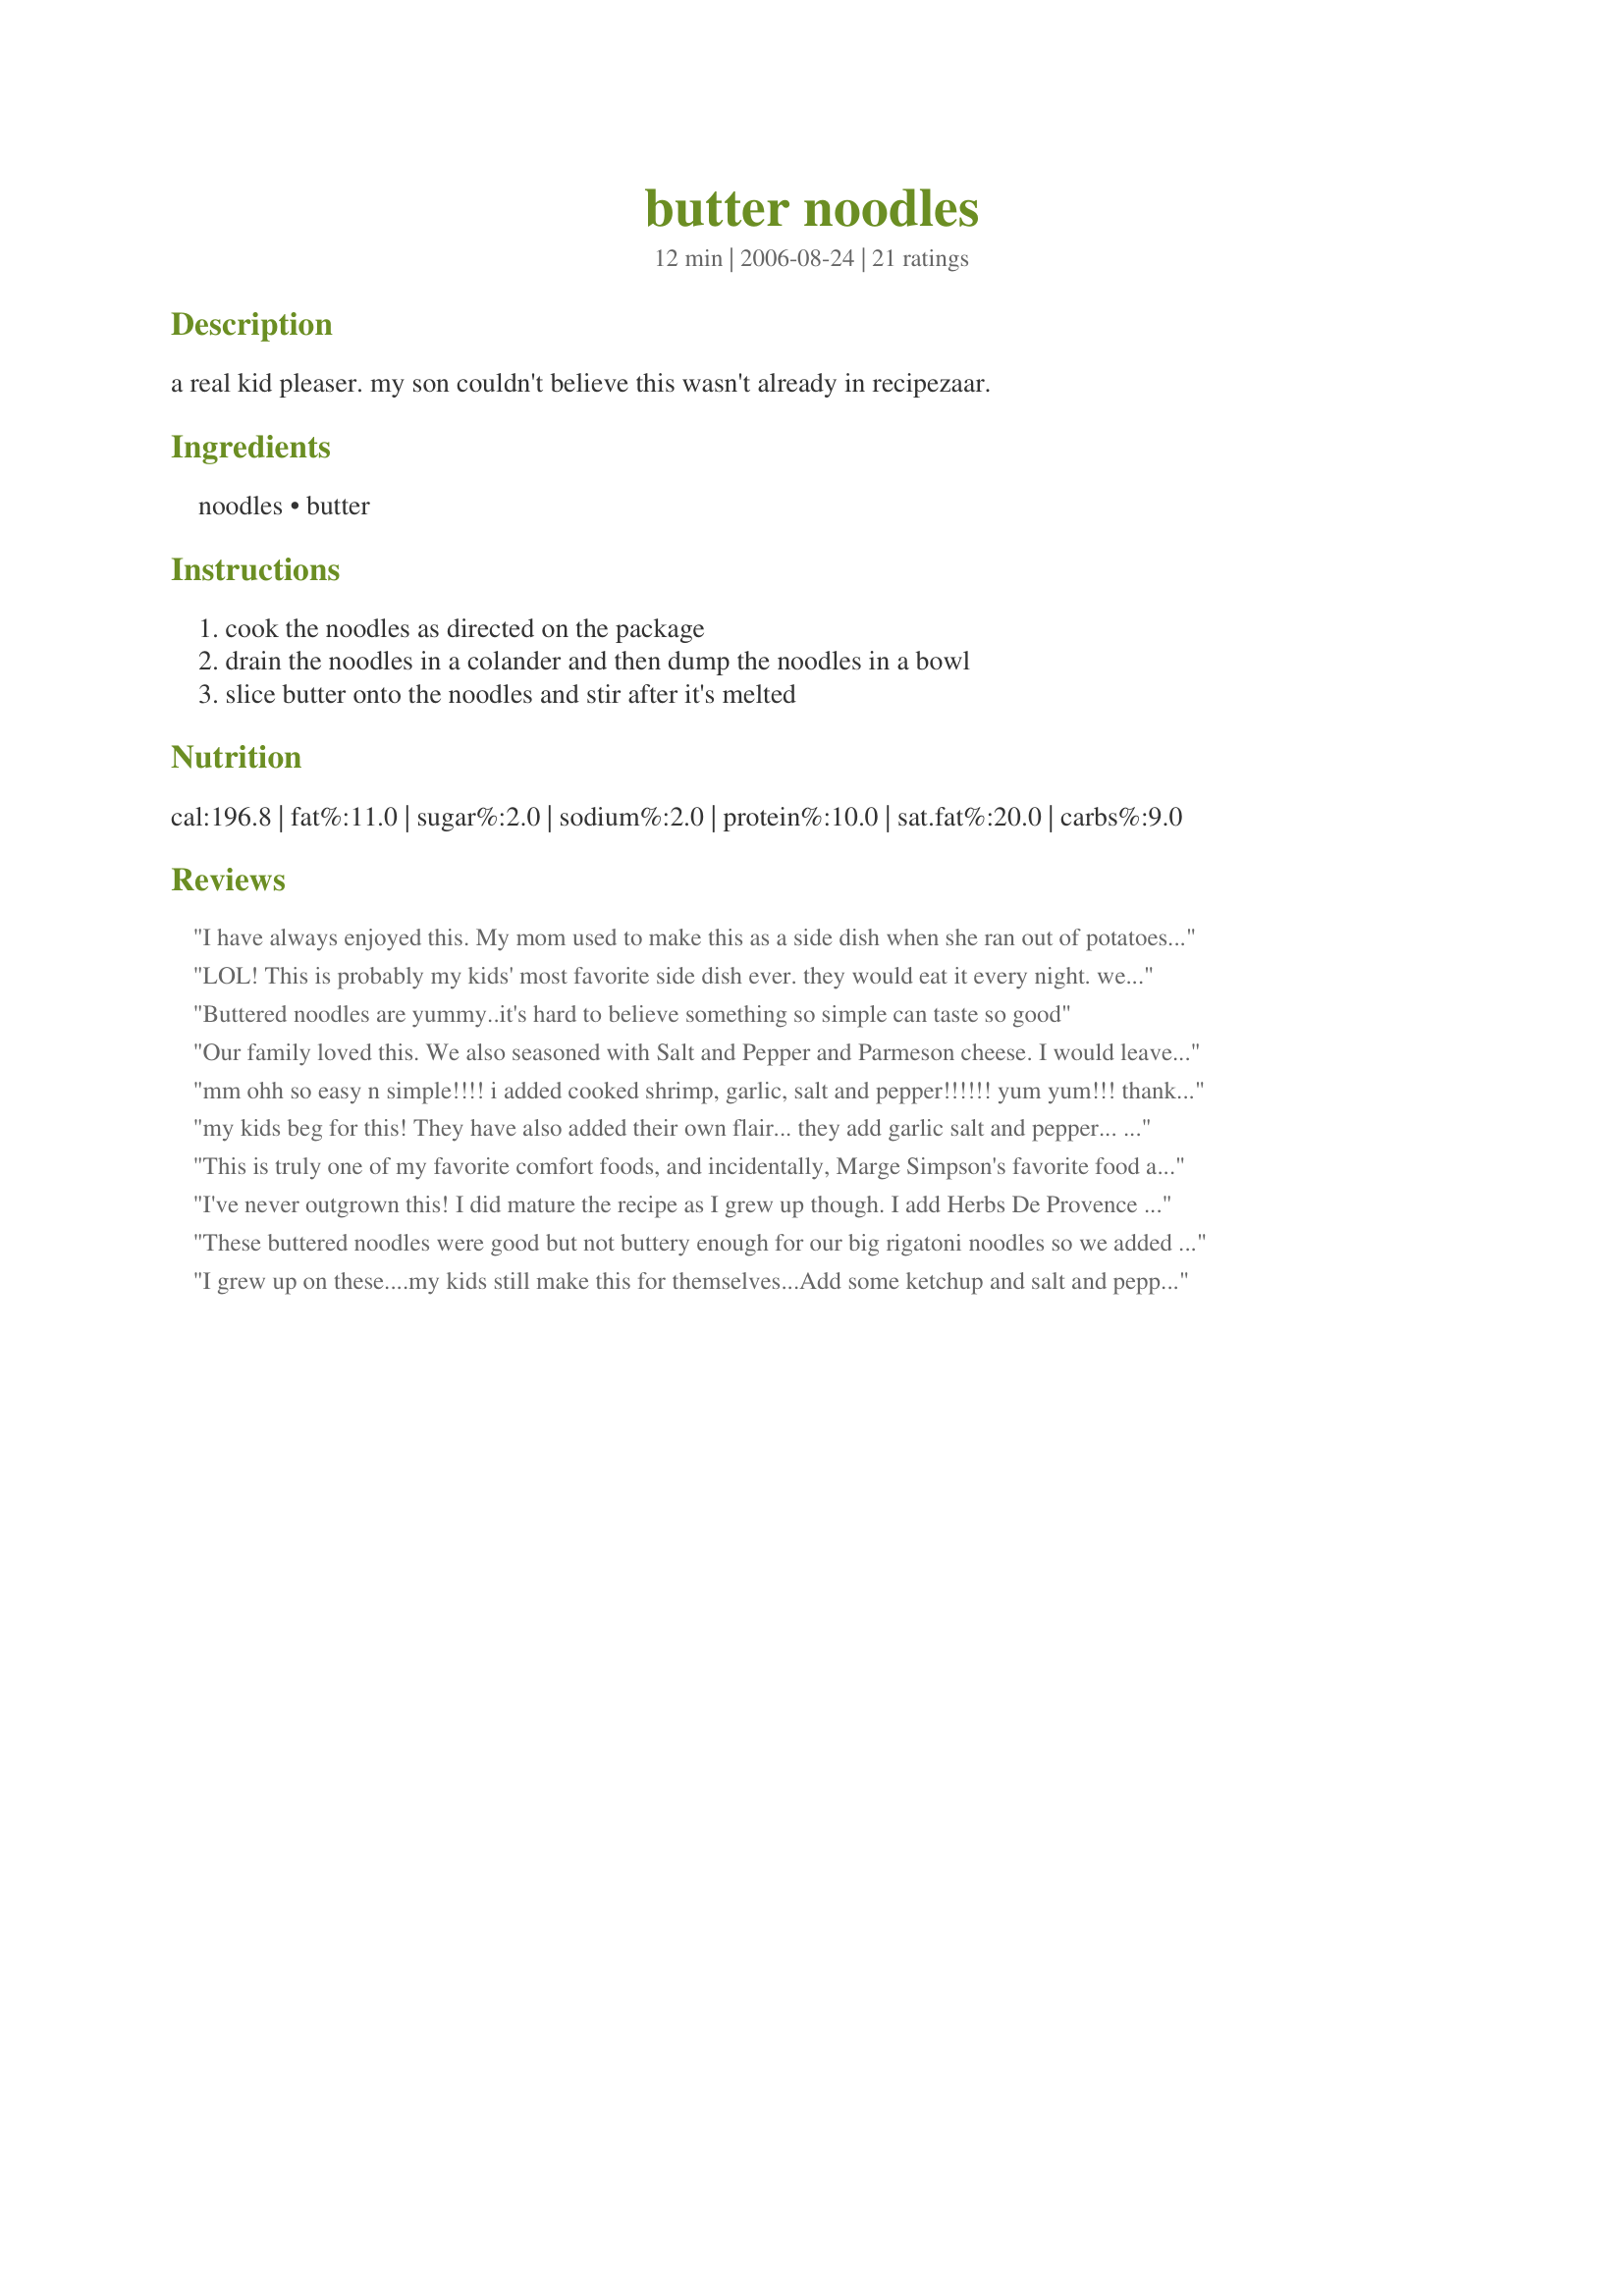
butter noodles
Preparation time: 12 minutes

a real kid pleaser. my son couldn't believe this wasn't already in recipezaar.

Ingredients:
noodles, butter

Steps:
cook the noodles as directed on the package, drain the noodles in a colander and then dump the noodles in a bowl, slice butter onto the noodles and stir after it's melted

Reviews:
I have always enjoyed this. My mom used to make this as a side dish when she ran out of potatoes. *grin* I now add some fresh parsley to mine, or grill a chicken breast and add that and some real grated parmesan cheese... possibilities are endless. Thanks for posting.
LOL! This is probably my kids' most favorite side dish ever. they would eat it every night. we add salt and pepper too.
Buttered noodles are yummy..it's hard to believe something so simple can taste so good
Our family loved this. We also seasoned with Salt and Pepper and Parmeson cheese. I would leave out the salt next time though. This was a great recipe. Something I ate as a child but had forgotten thanks for sharing..
mm ohh so easy n simple!!!! i added cooked shrimp, garlic, salt and pepper!!!!!! yum yum!!! thanks for the idea!
my kids beg for this! They have also added their own flair... they add garlic salt and pepper... and LOVE to have "shaker cheese" (Parmesan) to top it off.
Great addition to Zaar
This is truly one of my favorite comfort foods, and incidentally, Marge Simpson's favorite food as well... But does anyone really need a RECIPE to make buttered noodles? C'mon.....
I've never outgrown this! I did mature the recipe as I grew up though. I add Herbs De Provence and fresh minced garlic and snack on it when nothing else with cure my cravings. Your son is right. How could this comfort food be overlooked in the 'zaar?
These buttered noodles were good but not buttery enough for our big rigatoni noodles so we added another tablespoon of it. It is a very simple side dish that reminds me of childhood. To bring it to adult tastes it needs something else. If you have bold flavors already in the meat dish or in the salad dressing or another side this comfortably takes it place next to seasoned food. If it is the only side it may need a kick of some sort. Thanks for posting. Enjoy! ChefDLH
I grew up on these....my kids still make this for themselves...Add some ketchup and salt and pepper, yummmmm
Love buttered noodles with garlic powder.
This reminds me of my childhood! My Mom didn't call this a "real meal", but we sure loved it. And I recall other kids who came over adding butter to their noodles if they didn't want to eat what my Mom made as a sauce for pasta. I haven't made this in years, but it brings back great comfort food memories. Thanks for posting this!
I gave this 3 stars. My family really liked this dish. I really like spaghetti w/butter sprinkled with salt & pepper and this reminded of them. I took the advice of other reviewers and I added parmesan cheese, salt & pepper. I also added 2 more Tbl. of butter. My 4 yrs old newphew & 6 yrs niece ate this right down. Thanks for posting a good and easy recipe. Christine (internetnut)
realized i didnt have a side to go with my creamy pork chops. served these & they went well together! added salt, pepper, and garlic.
My five yr old hated these but my man and 2 yr old and myself liked these. We will be having these again. Thanks for posting
My son's most favorite meal EVER! Seriously...he would eat this every day without question if I let him. I have made this with parm cheese added but its still tasty with just butter.
Always a simple side dish, or meal if I am feeling sick. Tonight I made it by melting the butter w/ a crushed garlic clove in the microwave. Add a bit of pepper to the top. Super easy and so good!
I just love noodles and butter. I am very pleased to rate this. So very easy and tasty for me..Thank You so very much for posting..Hugs
Your son is right - something this good and easy should be posted. I also like it with a little nutmeg sprinkled on top - reminds me of noodle pudding.
We thought this was good but it needed some seasoning. We added salt and pepper and everyone enjoyed it.
This is my children't favourite way to have spaghetti! With some cherry tomatoes, cucumber and carrots on the side, they have it quite often. Simple and with the salad, a nutritious meal that I know I won't have a battle to get them to eat!
